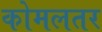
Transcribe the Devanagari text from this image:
कोमलतर